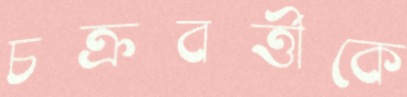
চক্রবর্ত্তীকে